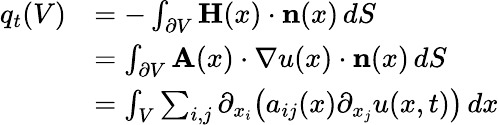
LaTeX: {\begin{array}{rl}{q_{t}(V)}&{=-\int_{\partial V}\mathbf{H}(x)\cdot\mathbf{n}(x)\, dS}\\ &{=\int_{\partial V}\mathbf{A}(x)\cdot\nabla u(x)\cdot\mathbf{n}(x)\, dS}\\ &{=\int_{V}\sum_{i,j}\partial_{x_{i}}{\bigl(}a_{ij}(x)\partial_{x_{j}}u(x,t){\bigr)}\, dx}\end{array}}